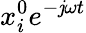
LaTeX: x_{i}^{0}e^{-\mathit{j}{\omega}t}